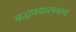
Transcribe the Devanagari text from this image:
बद्धपद्मासनस्थं